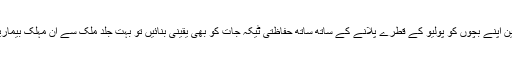
اگر اسی طرح تمام والدین اپنے بچوں کو پولیو کے قطرے پلانے کے ساتھ ساتھ حفاظتی ٹیکہ جات کو بھی یقینی بنائیں تو بہت جلد ملک سے ان مہلک بیماریوں کا خاتمہ ہو جائیگا۔